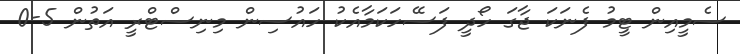
ސެމީއިން ޓީމު ފެނަކަ ޖާގަ ހޯދީ ފަސޭހަކަމާއެކު ހައުސިން މިނިސްޓްރީ އަތުން 5-0